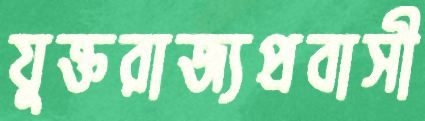
যুক্তরাজ্যপ্রবাসী